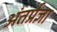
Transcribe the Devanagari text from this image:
अंतर्प्रज्ञा